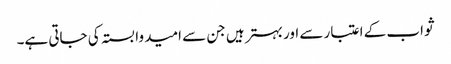
ثواب کے اعتبار سے اور بہتر ہیں جن سے امید وابستہ کی جاتی ہے۔